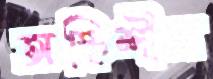
অস্থিশীল